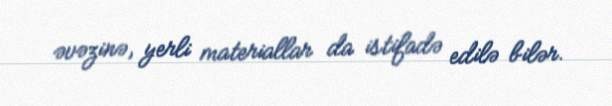
əvəzinə, yerli materiallar da istifadə edilə bilər.